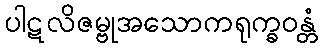
ပါဋလိဇမ္ဗုအသောကရုက္ခဝန္တံ